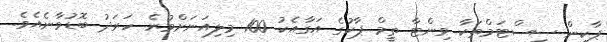
ޕާކިން ސިސްޓަމްތަކާ ވިންޓާ ތީމް ޕާކުގެ އަގާއެކު 100 މިލިއަނަށްވުރެ ހަރަދު ބޮޑުވާނެއެވެ.